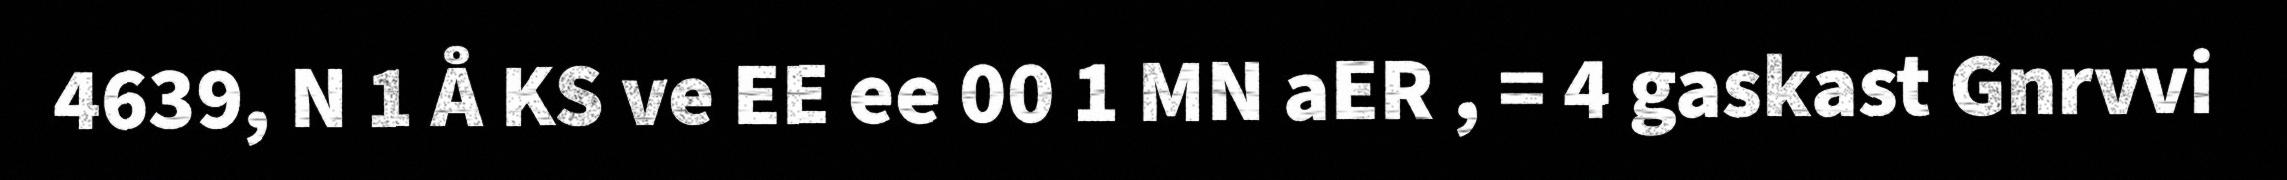
4639, N 1 Å KS ve EE ee 00 1 MN aER , = 4 gaskast Gnrvvi